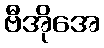
ဗီအိုအေ